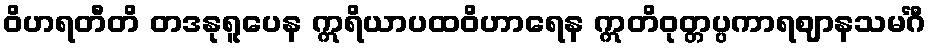
ဝိဟရတီတိ တဒနုရူပေန ဣရိယာပထဝိဟာရေန ဣတိဝုတ္တပ္ပကာရဈာနသမင်္ဂီ